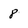
Character: 8